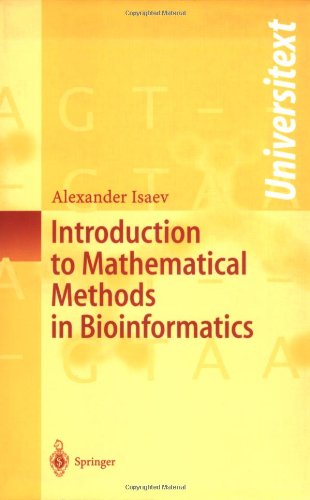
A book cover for Introduction to Mathematical Methods in Bioinformatics (Universitext); Alexander Isaev; Computers & Technology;